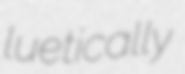
luetically